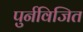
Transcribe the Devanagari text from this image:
पुर्नविजित